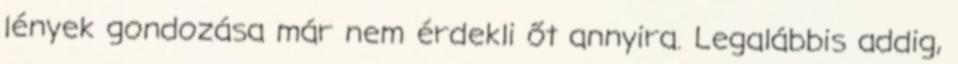
lények gondozása már nem érdekli őt annyira. Legalábbis addig,